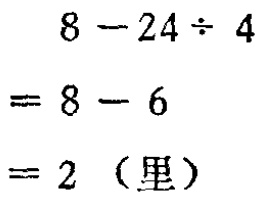
\[

\begin{align*}

&8 - 24\div4\\

=&8 - 6\\

=&2\ (\text{里})

\end{align*}

\]